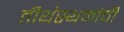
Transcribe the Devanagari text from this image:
तीर्थस्थळांची